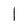
Character: l